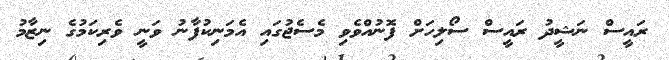
ރައީސް ނަޝީދު ރައީސް ސޯލިހަށް ފޮނުއްވެވި މެސެޖުގައި އެމަނިކުފާނު ވަނީ ވެރިކަމުގެ ނިޒާމު